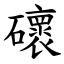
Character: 䃶